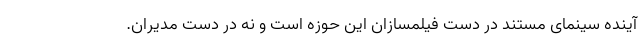
آینده سینمای مستند در دست فیلمسازان این حوزه است و نه در دست مدیران.